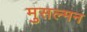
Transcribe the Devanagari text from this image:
मुसल्मन